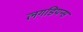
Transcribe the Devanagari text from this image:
लगडियन्स